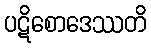
ပဋိစောဒေဿတိ